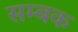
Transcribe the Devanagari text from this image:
सम्बक